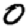
Digit: 0